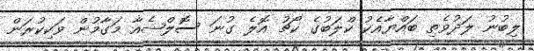
ލިބުނު ލަދުވެތި ބައްޔާއެކު ކްލަބުގެ ކޯޗު އޮލެ ގުނަ ސޮލްޝެއާ މަގާމުން ވަކިކުރަން